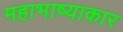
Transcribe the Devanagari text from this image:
महाभाष्याकार